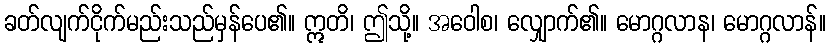
ခတ်လျက်ငိုက်မည်းသည်မှန်ပေ၏။ ဣတိ၊ ဤသို့။ အဝေါစ၊ လျှောက်၏။ မောဂ္ဂလာန၊ မောဂ္ဂလာန်။